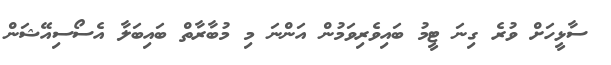
ސާޅީހަށް ވުރެ ގިނަ ޓީމު ބައިވެރިވަމުން އަންނަ މި މުބާރާތް ބައިބަލާ އެސޯސިއޭޝަން